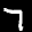
Label: 7